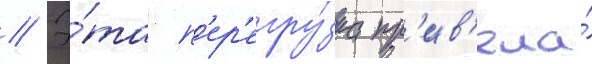
// Э́та п'ер'егру́зка пр'ив'ела́